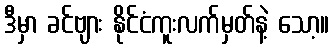
ဒီမှာ ခင်ဗျား နိုင်ငံကူးလက်မှတ်နဲ့ သော့။